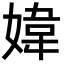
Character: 媁